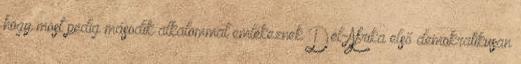
hogy most pedig második alkalommal emlékeznek Dél-Afrika első demokratikusan